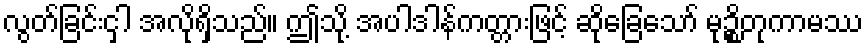
လွတ်ခြင်းငှါ အလိုရှိသည်။ ဤသို့ အပါဒါန်ကတ္တားဖြင့် ဆိုခြေသော် မုဉ္စိတုကာမဿ